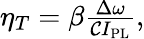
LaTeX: \begin{array}{r}{\eta_{T}=\beta\frac{\Delta\omega}{{\cal C}I_{\mathrm{PL}}},}\end{array}